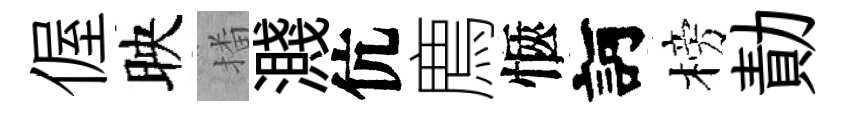
偓映播濺伉廌愜訶榜勣